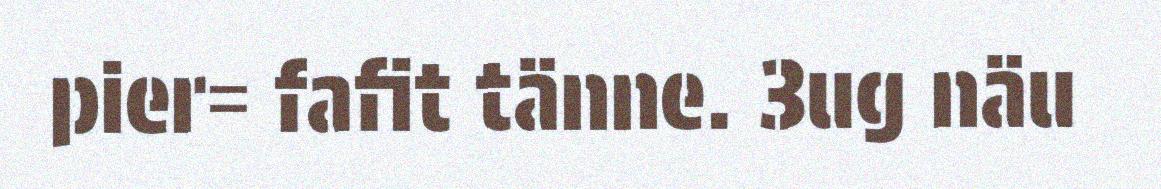
pier= fafit tänne. 3ug näu